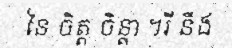
នៃ ចិត្ត ចិន្តា ។រី នឹង